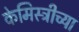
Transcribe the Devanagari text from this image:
केमिस्ट्रीच्या